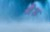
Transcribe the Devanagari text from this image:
जेश